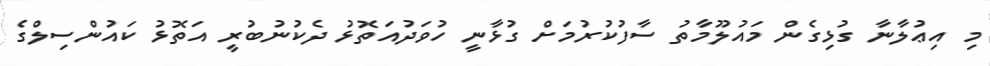
މި އިޢުލާނާ ގުޅިގެން މައުލޫމާތު ސާފުކުރުމަށް ގުޅާނީ ހުވަދުއަތޮޅު ދެކުނުބުރީ އަތޮޅު ކައުންސިލްގެ